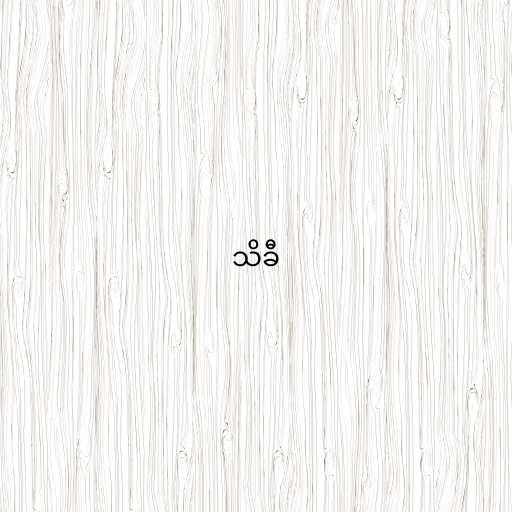
သိခီ